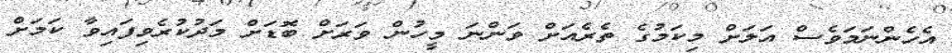
އެހެންނަމަވެސް އަލަށް މިކަމުގެ ތެރެއަށް ވަންނަ މީހުން ވަރަށް ބޮޑަށް މަދުކުރެވިފައިވާ ކަމަށް